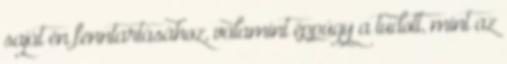
saját én fenntartásához, valamint éppúgy a tudott, mint az